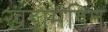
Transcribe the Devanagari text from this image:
खंडामंडित